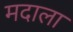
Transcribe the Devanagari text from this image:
मदाला